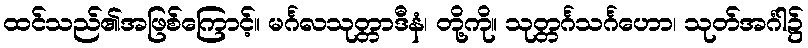
ထင်သည်၏အဖြစ်ကြောင့်။ မင်္ဂလသုတ္တာဒီနံ၊ တို့ကို။ သုတ္တင်္ဂသင်္ဂဟော၊ သုတ်အင်္ဂါ၌